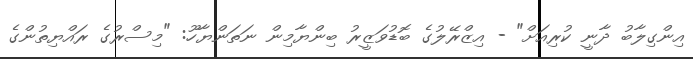
އިންގިލާބު ދާނީ ކުރިއަށް" - އިޒްރޭލުގެ ބޮޑުވަޒީރު ބިންޔާމިން ނަތަންޔާހޫ: "މިސްރުގެ ރައްޔިތުންގެ